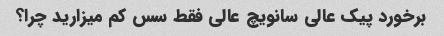
برخورد پیک عالی سانویچ عالی فقط سس کم میزارید چرا؟